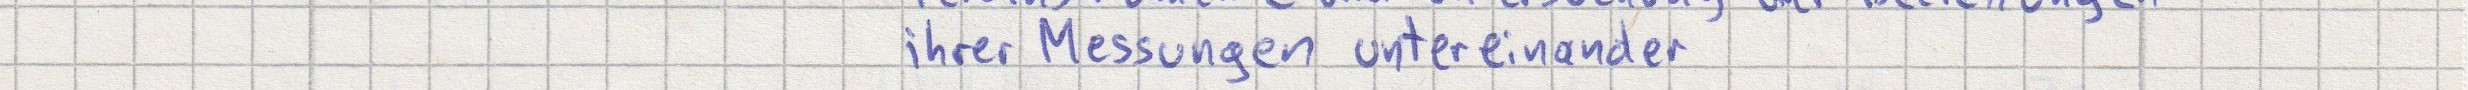
ihrer Messungen untereinander